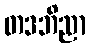
တဒဘိညာ